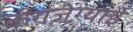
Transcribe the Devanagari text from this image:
कंगज़ेग्याई